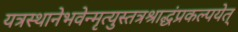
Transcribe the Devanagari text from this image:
यत्रस्थानेभवेन्मृत्युस्तत्रश्राद्धंप्रकल्पयेत्